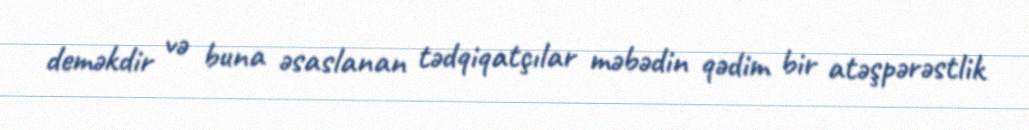
deməkdir və buna əsaslanan tədqiqatçılar məbədin qədim bir atəşpərəstlik